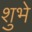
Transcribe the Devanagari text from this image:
शुभे